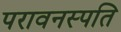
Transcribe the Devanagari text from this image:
परावनस्पति